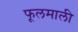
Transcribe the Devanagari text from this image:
फूलमाली